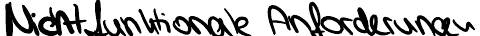
Nicht funktionale Anforderungen